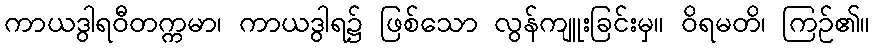
ကာယဒွါရဝီတက္ကမာ၊ ကာယဒွါရ၌ ဖြစ်သော လွန်ကျူးခြင်းမှ။ ဝိရမတိ၊ ကြဉ်၏။